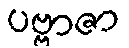
ပဗ္ဗာဇာ